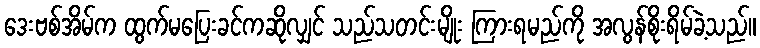
ဒေးဗစ်အိမ်က ထွက်မပြေးခင်ကဆိုလျှင် သည်သတင်းမျိုး ကြားရမည်ကို အလွန်စိုးရိမ်ခဲ့သည်။